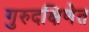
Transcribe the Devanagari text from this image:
गुरुदक्षिणेत